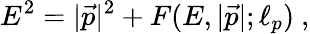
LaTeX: E^{2}=|{\vec{p}}|^{2}+F(E,|{\vec{p}}|;\ell_{p})~,